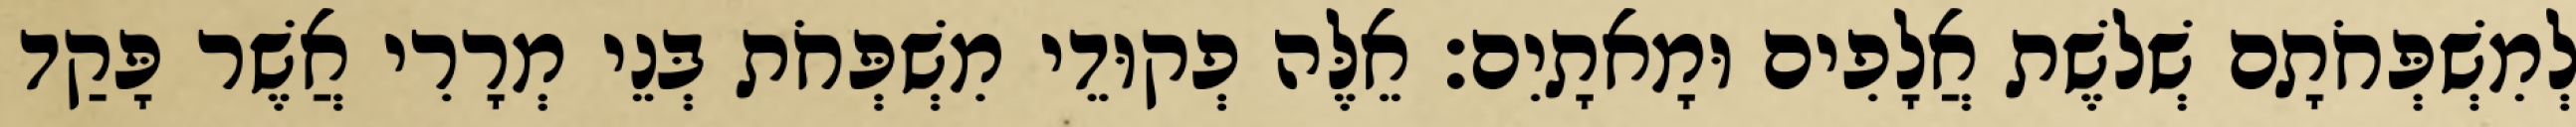
לְמִשְׁפְּחֹתָם שְׁלשֶׁת אֲלָפִים וּמָאתָיִם׃ אֵלֶּה פְקוּדֵי מִשְׁפְּחֹת בְּנֵי מְרָרִי אֲשֶׁר פָּקַד